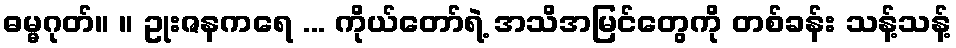
ဓမ္မဂုတ်။ ။ ဥုးဇနကရေ ... ကိုယ်တော်ရဲ့ အသိအမြင်တွေကို တစ်ခန်း သန့်သန့်